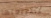
لطبيعتها